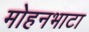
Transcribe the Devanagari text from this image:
मोहनभाटा